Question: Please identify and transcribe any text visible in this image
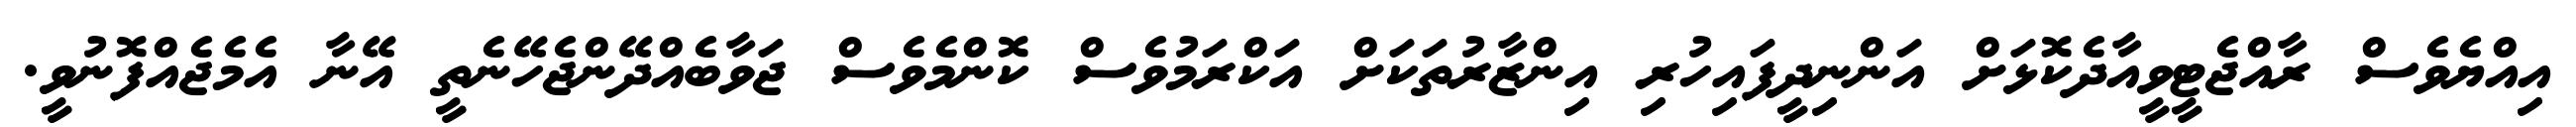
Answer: އިއްޔެވެސް ރާއްޖެޓީވީއާދެކޮޅަށް އަންނިދީފައިހުރި އިންޒާރުތަކަށް އަކްރަމުވެސް ކޮންމެވެސް ޖަވާބެއްދޭންޖެހޭނެތީ އޭނާ އެމެޖެއްފޮނުވީ.